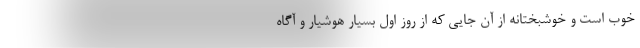
خوب است و خوشبختانه از آن جایی که از روز اول بسیار هوشیار و آگاه